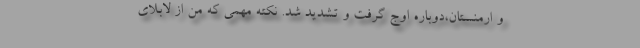
و ارمنستان،دوباره اوج گرفت و تشدید شد. نکته مهمی که من از لابلای